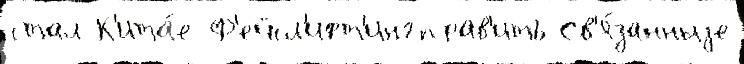
стал К'ита́е Ф'ейсл'ифт'ингправ'ить Св'я́занныjе